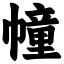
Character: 幢